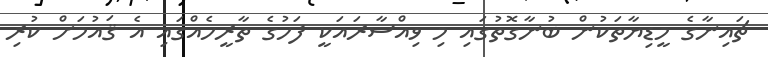
ޗައިނާގެ މީޑިޔާތަކުން ބުނާގޮތުގައި މި ވިއްސާރައަކީ ފަހުގެ ތާރީހެއްގައި އެ ޤައުމަށް ކުރި